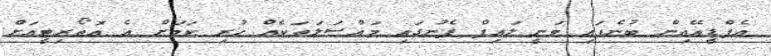
އެފްޑީއޭއިން ބުނެފައި ވަނީ ލައިފް ފެނުގައި މައްސަލަތަކެއް ހުރި ކަމަށް އެ އޮތޯރިޓީއަށް